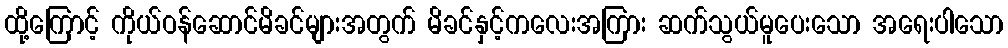
ထို့ကြောင့် ကိုယ်ဝန်ဆောင်မိခင်များအတွက် မိခင်နှင့်ကလေးအကြား ဆက်သွယ်မူပေးသော အရေးပါသော